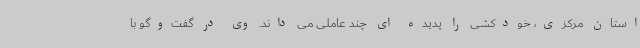
استان مرکزی، خودکشی را پدیده ای چند عاملی می داند. وی در گفت‌وگو با